Civil Veterinary Department Bihar & Orissa reports 1929-36 - 1929-1936
Year: 1929
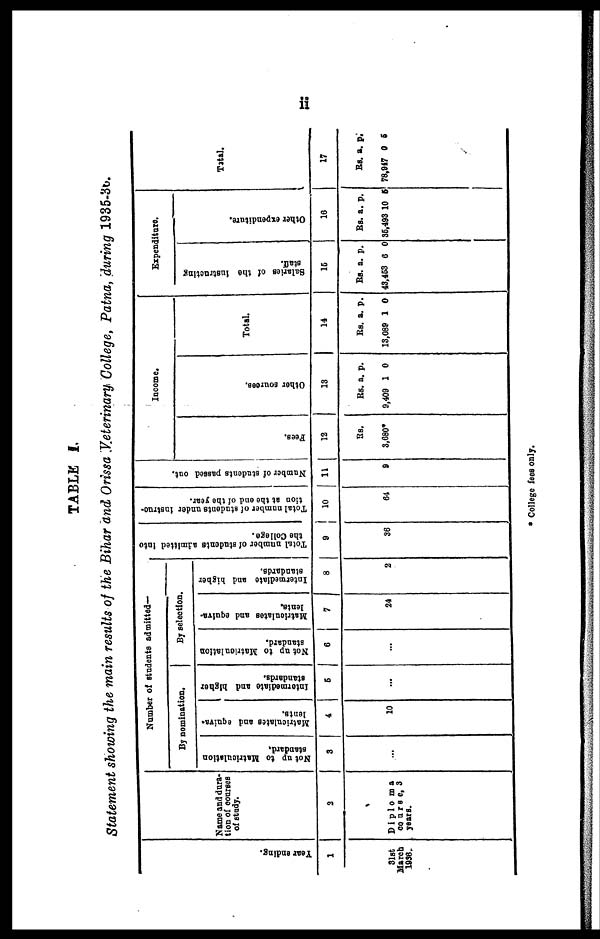
ii
TABLE I.
Statement showing the main results of the Bihar and Orissa Veterinary College, Patna, during 1935-36.
Year endi ng.
1
Slat
March
1996.
Name and dura-
tion of courses
of stady.
2
Diploma
course, 3
years.
Number of students admitted—
By nomination.
Not up to Matriculation
standard.
3
...
Matriculates and equiva-
lents.
4
10
Intermediate and higher
standards.
5
...
By selection
Not up to Matriculation
standard.
6
...
Matriculates and equiva-
lents.
7
24
Intermediate and higher
standards.
8
2
Total number of students admitted into
the College.
9
36
Total number of students under instruc-
tion at the end of the year.
10
64
Number of students passed out.
11
9
Income.
Fees.
12
Rs.
3,680*
Other sources.
13
Rs.
9,409
a.
1
p.
0
Total.
14
Rs.
13,089
a.
1
p.
0
Expenditure.
Salaries of the instructing
staff.
16
Rs.
43,453
a.
6
p.
0
Other expenditure.
16
Rs.
36,493
a.
10
p.
6
Total.
17
Rs.
78,917
a.
0
p.
6
*College fees only.